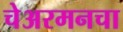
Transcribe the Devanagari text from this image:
चेअरमनचा